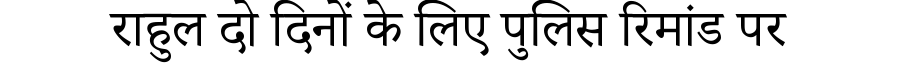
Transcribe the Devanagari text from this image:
राहुल दो दिनों के लिए पुलिस रिमांड पर